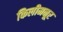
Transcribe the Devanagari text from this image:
किलीमनूर